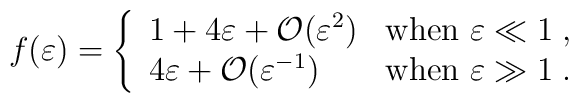
f(\varepsilon)= \left\{ \begin{array}{ll}               1 + 4\varepsilon  + \mathcal{O}(\varepsilon^2) &                \mbox{when $\varepsilon\ll 1$}\;, \\               4\varepsilon + \mathcal{O}(\varepsilon^{-1})    &                \mbox{when $\varepsilon\gg 1$}\;.              \end{array}   \right.